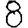
Digit: 8